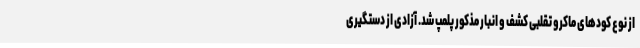
از نوع کودهای ماکرو تقلبی کشف و انبار مذکور پلمپ شد. آزادی از دستگیری